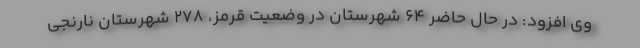
وی افزود: در حال حاضر ۶۴ شهرستان در وضعیت قرمز، ۲۷۸ شهرستان نارنجی